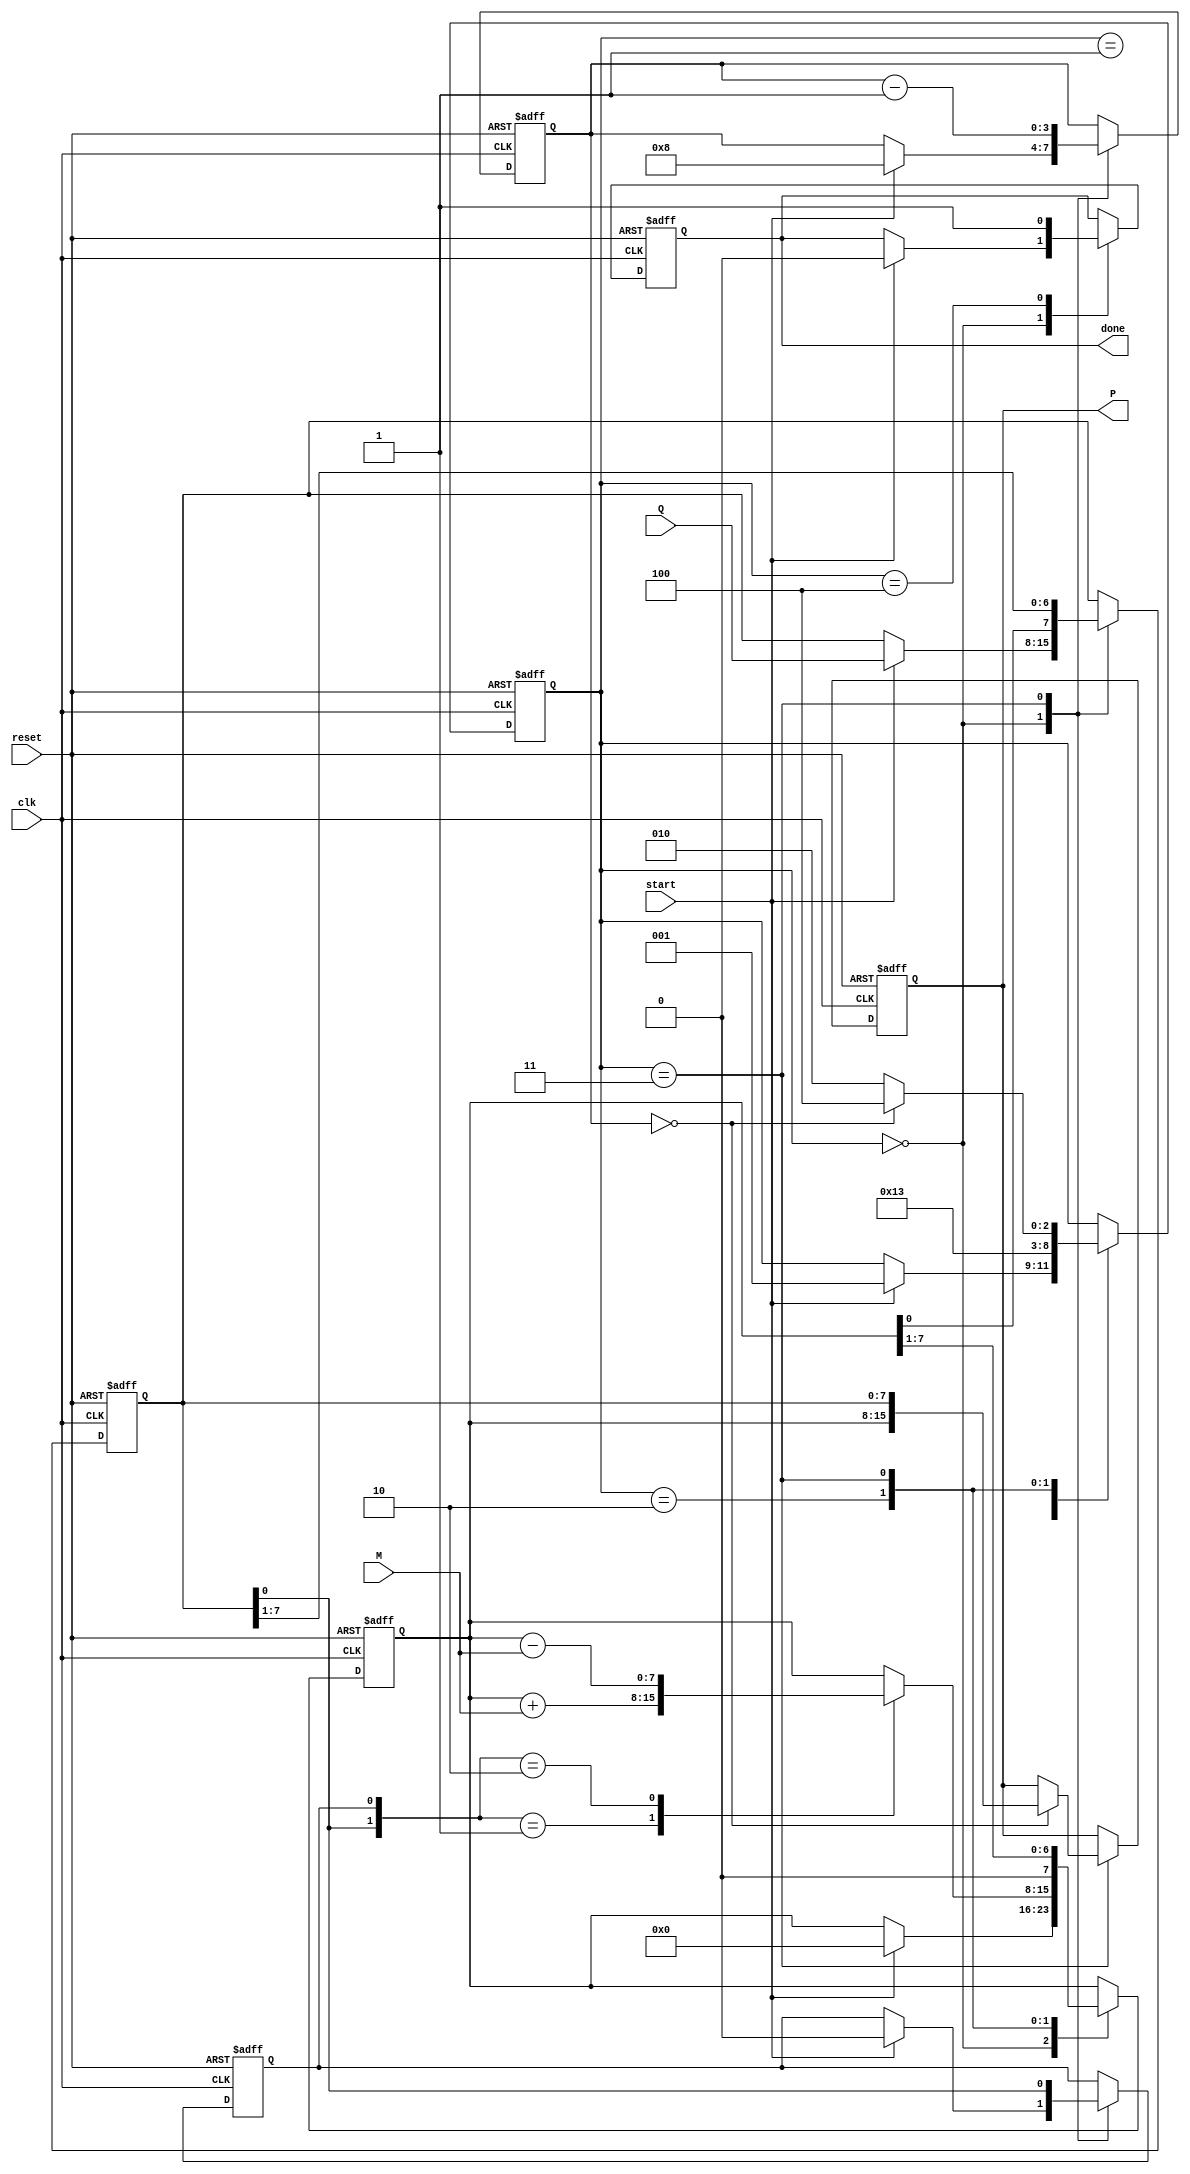
module booth_multiplier #(parameter N = 8) (
    input wire clk,
    input wire reset,
    input wire start,
    input wire signed [N-1:0] M, // Multiplicand
    input wire signed [N-1:0] Q, // Multiplier
    output reg signed [(2*N)-1:0] P, // Product
    output reg done // Operation complete signal
);

    reg signed [(N-1):0] A;      // Accumulator
    reg signed [(N-1):0] Q_reg;   // Multiplier register
    reg Q_1;                      // Previous bit of Q
    reg [3:0] count;             // Counter for iterations
    reg [2:0] state;             // FSM state

    // FSM states
    localparam IDLE = 3'b000,
               LOAD = 3'b001,
               EXECUTE = 3'b010,
               SHIFT = 3'b011,
               DONE = 3'b100;

    always @(posedge clk or posedge reset) begin
        if (reset) begin
            // Reset all registers and output
            A <= 0;
            Q_reg <= 0;
            Q_1 <= 0;
            P <= 0;
            count <= 0;
            state <= IDLE;
            done <= 0;
        end else begin
            case (state)
                IDLE: begin
                    if (start) begin
                        A <= 0;
                        Q_reg <= Q;
                        Q_1 <= 0;
                        count <= N; // Number of bits
                        state <= LOAD;
                        done <= 0;
                    end
                end

                LOAD: begin
                    // Load the multiplicand into the accumulator
                    // No operation here, just transition to EXECUTE
                    state <= EXECUTE;
                end

                EXECUTE: begin
                    case ({Q_reg[0], Q_1})
                        2'b01: A <= A + M; // A = A + M
                        2'b10: A <= A - M; // A = A - M
                        default: ; // No operation
                    endcase
                    state <= SHIFT;
                end

                SHIFT: begin
                    // Arithmetic right shift
                    {A, Q_reg} <= {A, Q_reg} >> 1;
                    Q_1 <= Q_reg[0]; // Update Q-1
                    count <= count - 1; // Decrement the count

                    if (count == 0) begin
                        P <= {A, Q_reg}; // Concatenate A and Q for final product
                        state <= DONE;
                    end else begin
                        state <= EXECUTE; // Go back to EXECUTE for next iteration
                    end
                end

                DONE: begin
                    done <= 1; // Indicate that multiplication is complete
                end
            endcase
        end
    end
endmodule